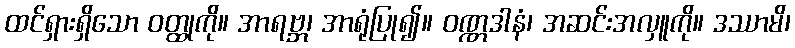
ထင်ရှားရှိသော ဝတ္ထုကို။ အာရဗ္ဘ၊ အာရုံပြု၍။ ဝဏ္ဏဒါနံ၊ အဆင်းအလှူကို။ ဒဿာမိ၊